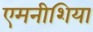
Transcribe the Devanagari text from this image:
एमनीशिया